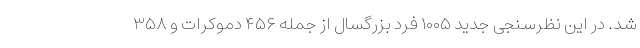
شد. در این نظرسنجی جدید ۱۰۰۵ فرد بزرگسال از جمله ۴۵۶ دموکرات و ۳۵۸